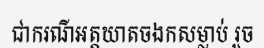
ជាករណីអត្តឃាតចងកសម្លាប់ រួច